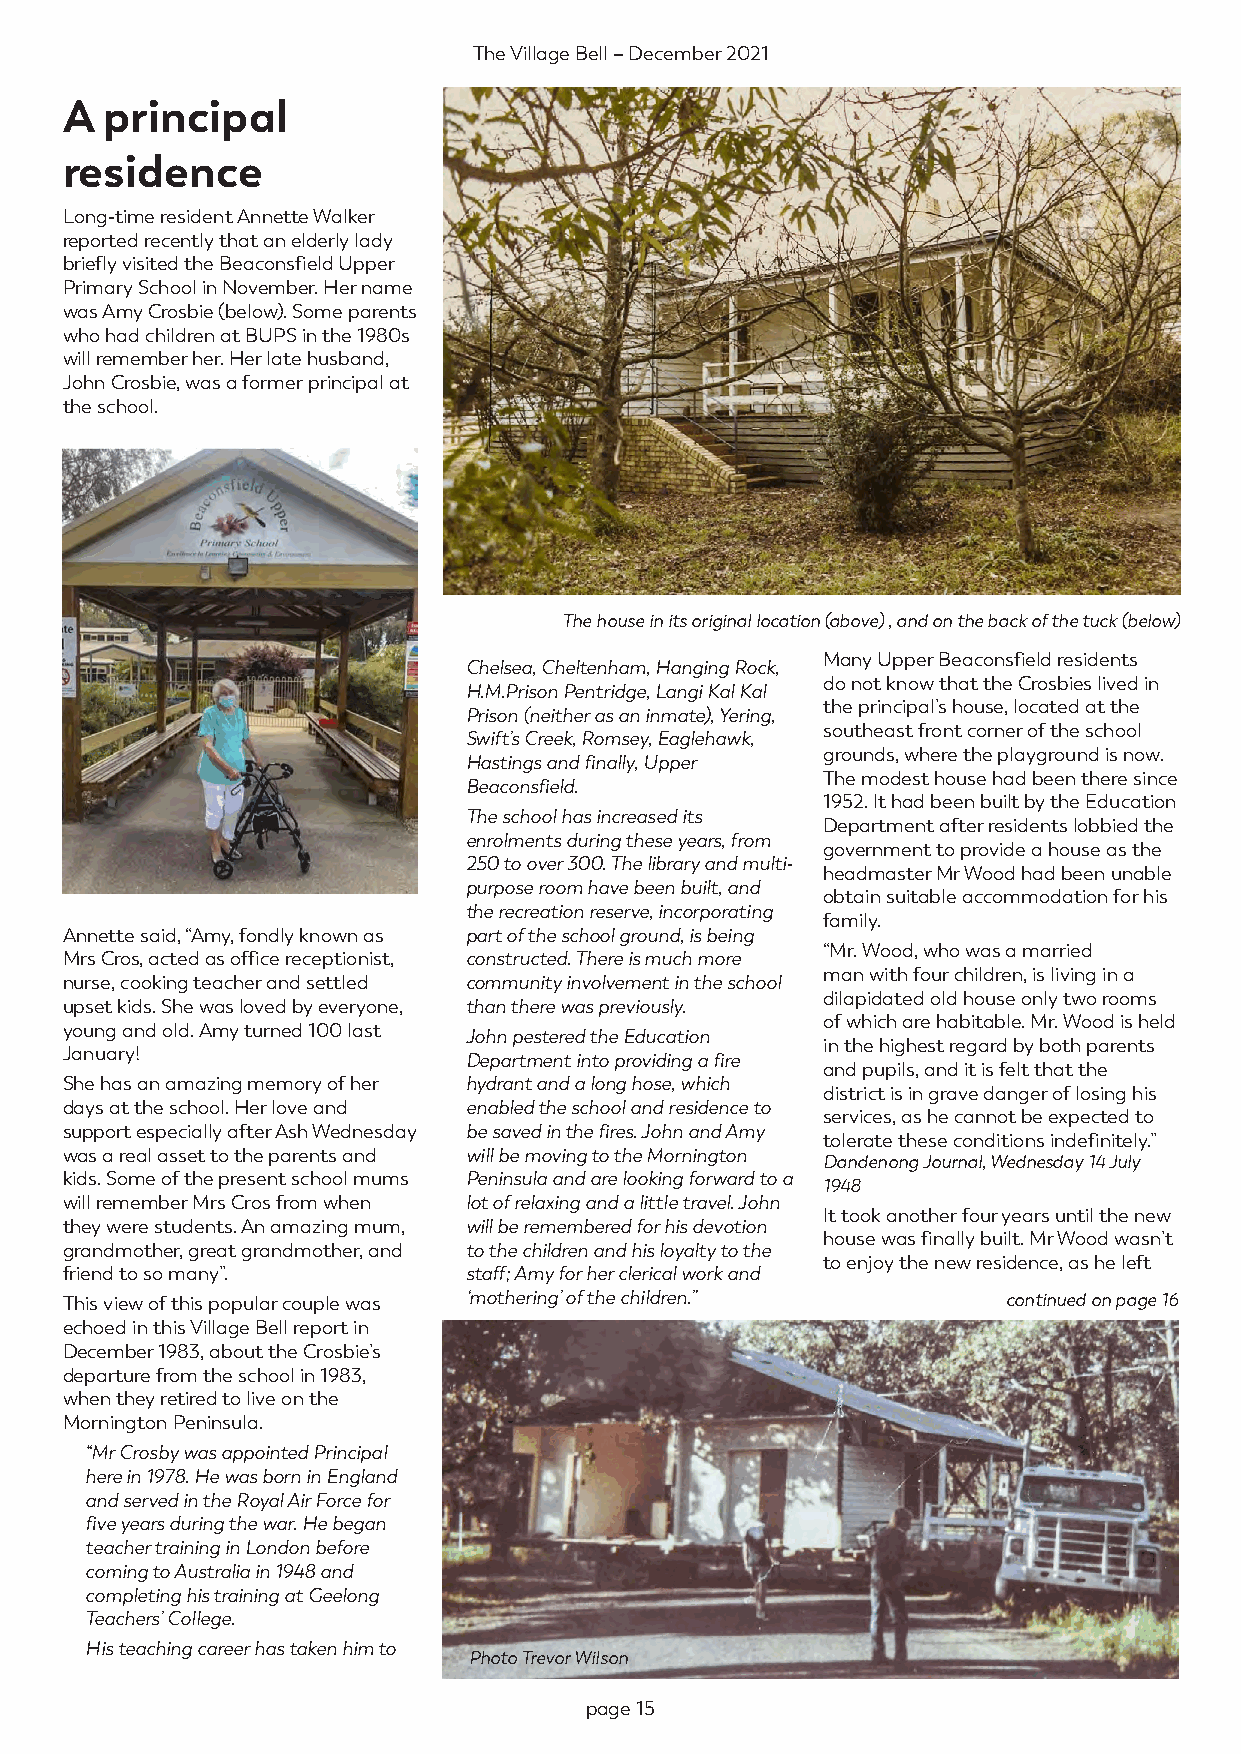
The Village Bell – December 2021
 A  principal
 residence
 Long-time resident Annette Walker
 reported recently that an elderly lady
 briefly visited the Beaconsfield Upper
 Primary School in November. Her name
 was Amy Crosbie (below). Some parents
 who had children at BUPS in the 1980s
 will remember her. Her late husband,
 John Crosbie, was a former principal at
 the school.
 The house in its original location (above) , and on the back of the tuck (below)
 Many Upper Beaconsfield residents
 Chelsea, Cheltenham, Hanging Rock,
 do not know that the Crosbies lived in
 H.M.Prison Pentridge, Langi Kal Kal
 the principal’s house, located at the
 Prison (neither as an inmate), Yering,
 southeast front corner of the school
 Swift’s Creek, Romsey, Eaglehawk,
 grounds, where the playground is now.
 Hastings and finally, Upper
 The modest house had been there since
 Beaconsfield.
 1952. It had been built by the Education
 The school has increased its
 Department after residents lobbied the
 enrolments during these years, from
 government to provide a house as the
 250 to over 300. The library and multi-
 headmaster Mr Wood had been unable
 purpose room have been built, and
 obtain suitable accommodation for his
 the recreation reserve, incorporating
 family.
 Annette said, “Amy, fondly known as part of the school ground, is being
 “Mr. Wood, who was a married
 Mrs Cros, acted as office receptionist, constructed. There is much more
 man with four children, is living in a
 nurse, cooking teacher and settled community involvement in the school
 dilapidated old house only two rooms
 upset kids. She was loved by everyone, than there was previously.
 of which are habitable. Mr. Wood is held
 young and old. Amy turned 100 last
 John pestered the Education
 in the highest regard by both parents
 January!
 Department into providing a fire
 and pupils, and it is felt that the
 She has an amazing memory of her hydrant and a long hose, which
 district is in grave danger of losing his
 days at the school. Her love and enabled the school and residence to
 services, as he cannot be expected to
 support especially after Ash Wednesday be saved in the fires. John and Amy
 tolerate these conditions indefinitely.”
 was a real asset to the parents and will be moving to the Mornington
 Dandenong Journal, Wednesday 14 July
 kids. Some of the present school mums Peninsula and are looking forward to a
 1948
 will remember Mrs Cros from when lot of relaxing and a little travel. John
 It took another four years until the new
 they were students. An amazing mum, will be remembered for his devotion
 house was finally built. Mr Wood wasn’t
 grandmother, great grandmother, and to the children and his loyalty to the
 to enjoy the new residence, as he left
 friend to so many”.        staff; Amy for her clerical work and
 This view of this popular couple was ‘mothering’ of the children.” continued on page 16
 echoed in this Village Bell report in
 December 1983, about the Crosbie’s
 departure from the school in 1983,
 when they retired to live on the
 Mornington Peninsula.
 “Mr Crosby was appointed Principal
 here in 1978. He was born in England
 and served in the Royal Air Force for
 five years during the war. He began
 teacher training in London before
 coming to Australia in 1948 and
 completing his training at Geelong
 Teachers’ College.
 His teaching career has taken him to
 Photo Trevor Wilson
 page 15